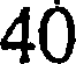
40